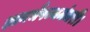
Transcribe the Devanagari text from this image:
ज्ञानभैषज्यमंजरी।